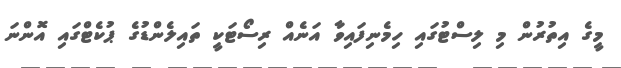
މީގެ އިތުރުން މި ލިސްޓުގައި ހިމެނިފައިވާ އަނެއް ރިސޯޓަކީ ތައިލެންޑުގެ ޕުކެޓްގައި އޮންނަ